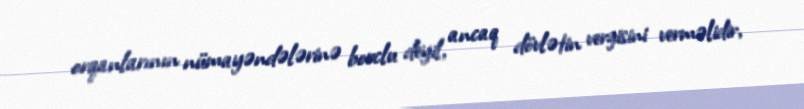
orqanlarının nümayəndələrinə borclu deyil, ancaq dövlətin vergisini verməlidir,